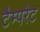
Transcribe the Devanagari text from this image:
टैम्परेट